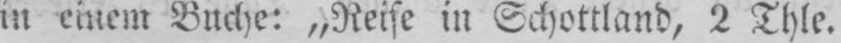
in einem Buche: „Reise in Schottland, 2 Thle.